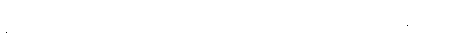
မလိုအပ်ပေ)။ ပေတွာ၊ ရောက်စေ၍။ ရောစေ၍၊ ရောက်စေ၍။